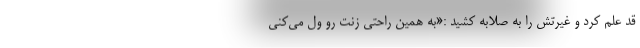
قد علم کرد و غیرتش را به صلّابه کشید :«به همین راحتی زنت رو ول می‌کنی